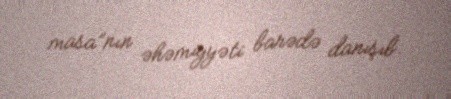
masa”nın əhəmiyyəti barədə danışıb.